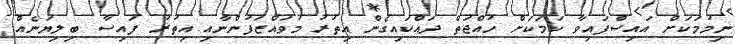
ނިމުމަކަށް އައިސްފައިވާ ކަމަކަށް ހުއްޖަތް ދައްކައިގެން އިތުރު މުވައްޒަފުންނާއި އިތުރު ފައިސާ ބިލިޔަނެއް